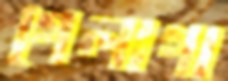
গেলাগা